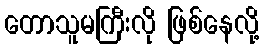
တောသူမကြီးလို ဖြစ်နေလို့